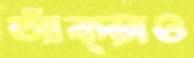
আঁক্‌ড়াও